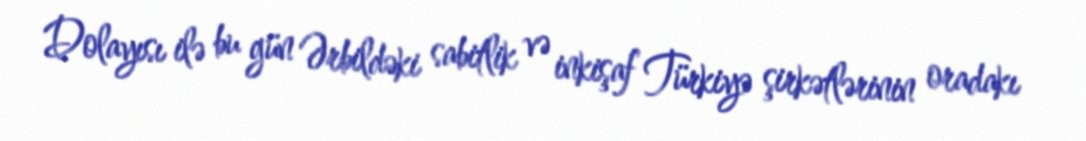
Dolayısı ilə bu gün Ərbildəki sabitlik və inkişaf Türkiyə şirkətlərinin oradakı